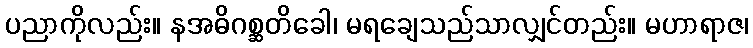
ပညာကိုလည်း။ နအဓိဂစ္ဆတိခေါ၊ မရချေသည်သာလျှင်တည်း။ မဟာရာဇ၊